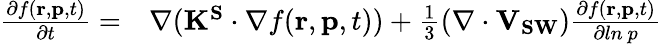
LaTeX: \begin{array}{rl}{\frac{\partial f(\mathbf{r},\mathbf{p},t)}{\partial t}=}&{{}\nabla(\mathbf{K^{S}}\cdot\nabla f(\mathbf{r},\mathbf{p},t))+\frac{1}{3}(\nabla\cdot\mathbf{V_{SW}})\frac{\partial f(\mathbf{r},\mathbf{p},t)}{\partial ln~p}}\end{array}